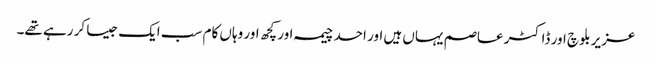
عزیر بلوچ اور ڈاکٹر عاصم یہاں ہیں اور احد چیمہ اور کچھ اور وہاں کام سب ایک جیسا کر رہے تھے۔